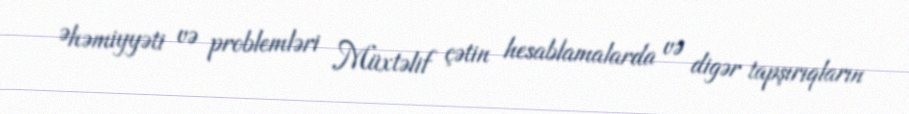
Əhəmiyyəti və problemləri Müxtəlif çətin hesablamalarda və digər tapşırıqların